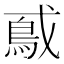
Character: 𫼃